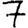
Digit: 7